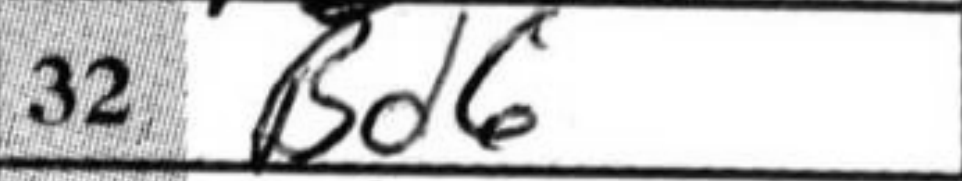
Transcription: Bd6